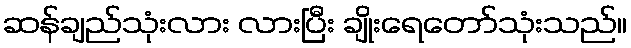
ဆန်ချည်သုံးလား လားပြီး ချိုးရေတော်သုံးသည်။